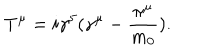
LaTeX: T ^ { \mu } = i \gamma ^ { 5 } ( \gamma ^ { \mu } - \frac { \pi ^ { \mu } } { m _ { 0 } } ) .